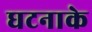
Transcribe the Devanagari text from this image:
घटनाके